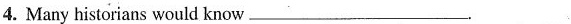
4. Many historians would know___.